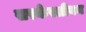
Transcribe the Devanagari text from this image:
सरकेस्सीयन